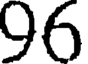
96